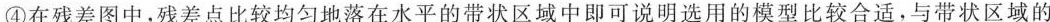
④在残差图中，残差点比较均匀地落在水平的带状区域中即可说明选用的模型比较合适，与带状区域的